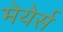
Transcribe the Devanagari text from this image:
मेयेर्स